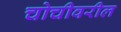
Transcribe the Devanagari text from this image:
चोचीवरील